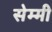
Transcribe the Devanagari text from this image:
सेम्मी